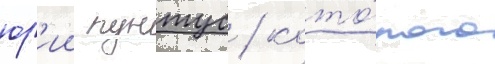
юр'ии пунтус / кото́рого